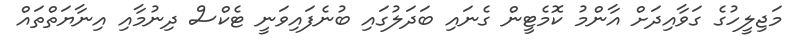
މަޖިލީހުގެ ގަވާއިދަށް އާންމު ކޮމެޓީން ގެނައި ބަދަލުގައި ބުނެފައިވަނީ ޓެކްސް ދިނުމާއި އިނާޔަތްތައް